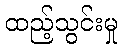
ထည့်သွင်းမှု